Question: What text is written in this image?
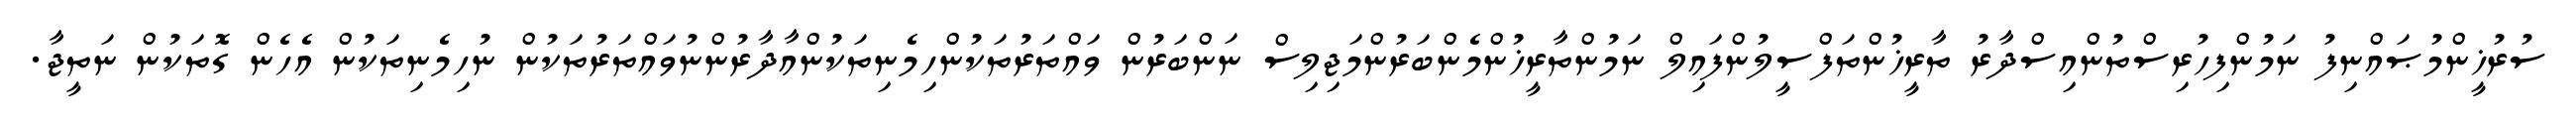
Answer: ސުރުޚީންމުޞައްނިފު ނަމުންފިހުރިސްތުންއިސްދާރު ތާރީޚުންތަފްސީލުންފައިލް ނަމުންތާރީޚުންމެންބަރުންމަޖިލިސް ނަންބަރުން ވައްތަރުތަކުންހިމެނިތަކުންއާދާރުންނުވައްތަރުތަކުން ނުހިމެނިތަކުން އެހެން ގޮތަކުން ނަތީޖާ.